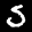
Label: 5